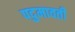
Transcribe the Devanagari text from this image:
पदुमावती